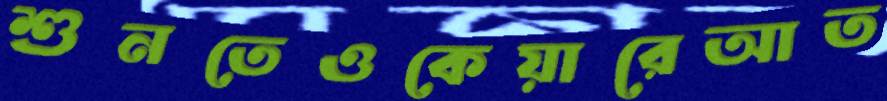
শুনতেওকেয়ারেআত